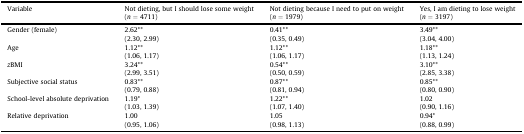
| Variable | Not dieting, but I should lose some weight (n = 4711) | Not dieting because I need to put on weight (n = 1979) | Yes, I am dieting to lose weight (n = 3197) |
 | --- | --- | --- | --- |
 | Gender (female) | 2.62**(2.30, 2.99) | 0.41**(0.35, 0.49) | 3.49**(3.04, 4.00) |
 | Age | 1.12**(1.06, 1.17) | 1.12**(1.06, 1.17) | 1.18**(1.13, 1.24) |
 | zBMI | 3.24**(2.99, 3.51) | 0.54**(0.50, 0.59) | 3.10**(2.85, 3.38) |
 | Subjective social status | 0.83**(0.79, 0.88) | 0.87**(0.81, 0.94) | 0.85**(0.80, 0.90) |
 | School-level absolute deprivation | 1.19*(1.03, 1.39) | 1.22**(1.07, 1.40) | 1.02(0.90, 1.16) |
 | Relative deprivation | 1.00(0.95, 1.06) | 1.05(0.98, 1.13) | 0.94*(0.88, 0.99) |